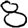
Digit: 8